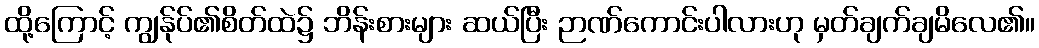
ထို့ကြောင့် ကျွန်ုပ်၏စိတ်ထဲ၌ ဘိန်းစားများ ဆယ်ပြီး ဉာဏ်ကောင်းပါလားဟု မှတ်ချက်ချမိလေ၏။